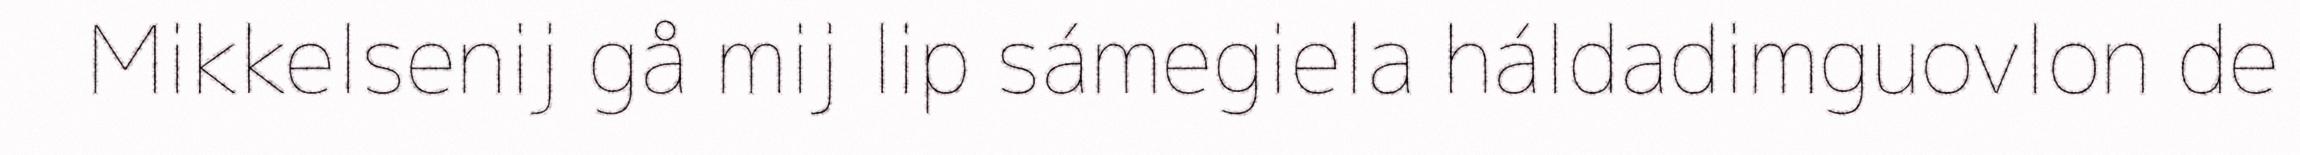
Mikkelsenij gå mij lip sámegiela háldadimguovlon de